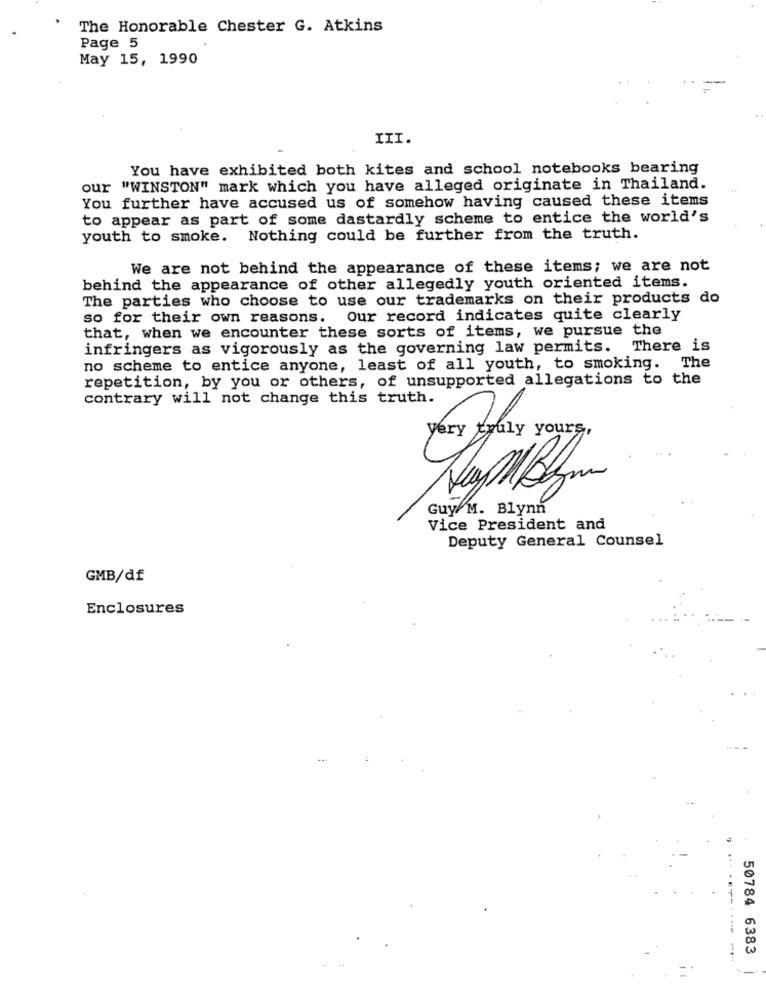
The Honorable Chester G. Atkins
Page 5
May 15, 1990
III.
You have exhibited both kites and school notebooks bearing
our "WINSTON" mark which you have alleged originate in Thailand.
You further have accused us of somehow having caused these items
to appear as part of some dastardly scheme to entice the world's
youth to smoke. Nothing could be further from the truth.
We are not behind the appearance of these items; we are not
behind the appearance of other allegedly youth oriented items.
The parties who choose to use our trademarks on their products do
so for their own reasons.
Our record indicates quite clearly
that, when we encounter these sorts of items, we pursue the
infringers as vigorously as the governing law permits. There is
no scheme to entice anyone, least of all youth, to smoking.
The
repetition, by you or others, of unsupported allegations to the
contrary will not change this truth.
yery truly yours,
Guy/M. Blynn
Vice President and
Deputy General Counsel
GMB/df
Enclosures
50784 6383
-